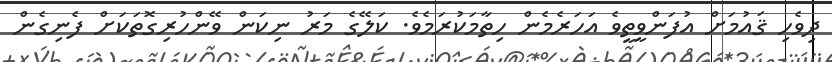
ދިވެހި ޤައުމަށް އުފަންވީތީވެ އަހަރެމެން ހިތާމަކުރަމެވެ. ކަލޭގެ މަރު ނިކަން ވޭންހުރިގޮތަކަށް ފެނިގެން